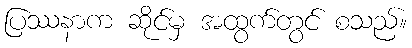
ပြဿနာက ဆိုင်မှ အထွက်တွင် စသည်။